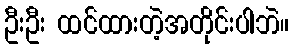
ဦးဦး ထင်ထားတဲ့အတိုင်းပါဘဲ။